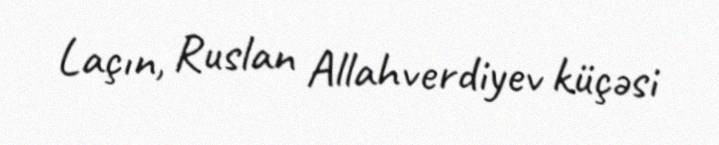
Laçın, Ruslan Allahverdiyev küçəsi